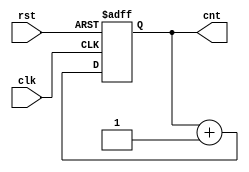
/******************************************************************************************
Author:  
E-mail 1390000666@qq.com
Device:  DSE-EP2C5
Tool:    Quartus 9.0
Function:1
Version: 2022-2-24 v1.0
********************************************************************************************/
module count(clk,rst,cnt);
input clk;
input rst;
output reg [3:0] cnt;

always @(posedge clk or negedge rst)
	begin
		if(!rst)
			cnt<=0;
		else begin
			cnt <= cnt + 4'b0001;
		end
	end


endmodule